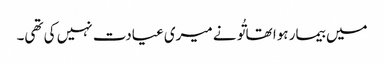
میں بیمار ہوا تھا تُو نے میری عیادت نہیں کی تھی۔